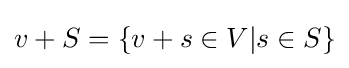
v+S=\{v+s\in V|s\in S\}